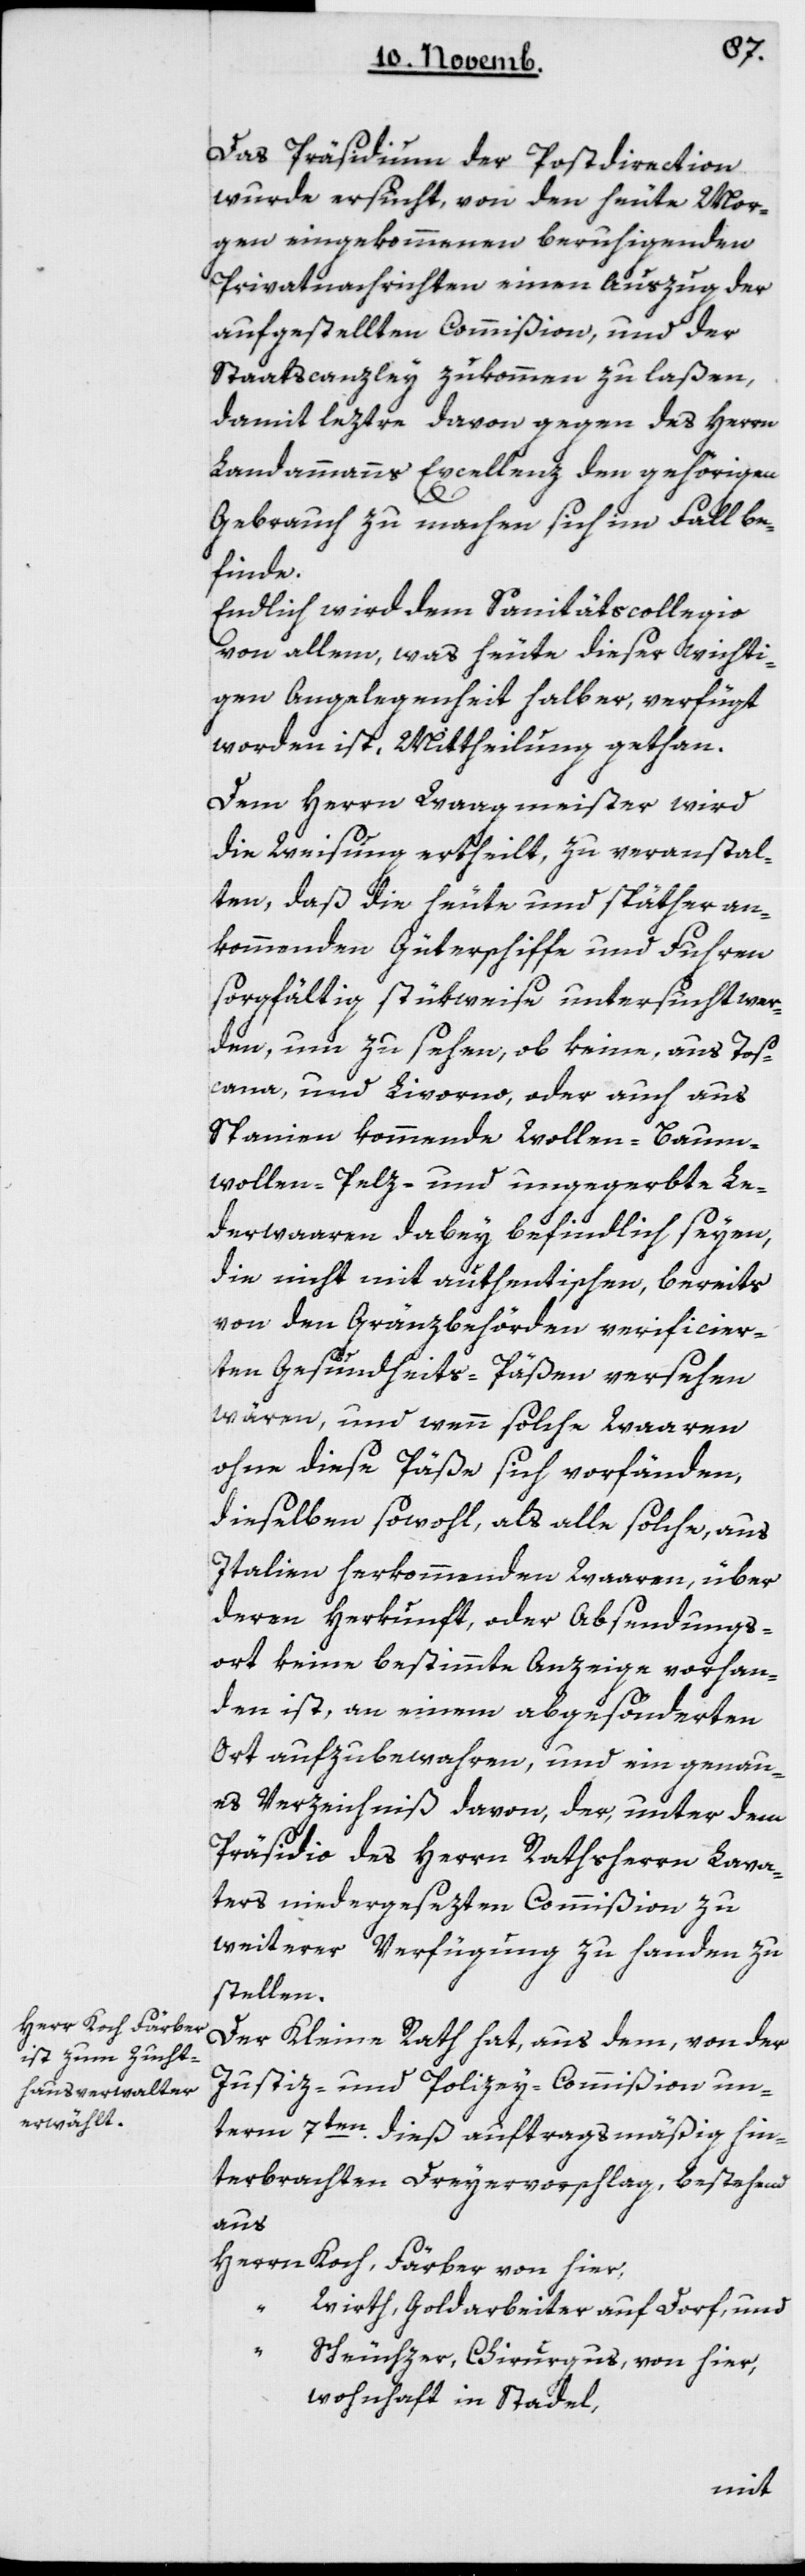
Das Präsidium der Postdirection
wurde ersucht, von den heute Mor¬
gen eingekommenen beruhigenden
Privatnachrichten einen Auszug der
aufgestellten Commißion, und der
Staatscanzley zukommen zu laßen,
damit leztre davon gegen des Herrn
Landammanns Excellenz den gehörigen
Gebrauch zu machen sich im Fall be¬
finde.
Endlich wird dem Sanitätscollegio
von allem, was heute dieser wichti¬
gen Angelegenheit halber verfügt
worden ist, Mittheilung gethan.
Dem Herrn Waagmeister wird
die Weisung ertheilt, zu veranstal¬
ten, daß die heute und späther an¬
kommenden Güterschiffe und Fuhren
sorgfältig stükweise untersucht wer¬
den, um zu sehen, ob keine, aus Tosc¬
ana und Livorno oder auch aus
Spanien kommende Wollen-, Baum¬
wollen-, Pelz- und ungegerbte Le¬
derwaaren dabey befindlich seyen,
die nicht mit authentischen, bereits
von den Gränzbehörden verificier¬
ten Gesundheits-Päßen versehen
wären, und wenn solche Waaren
ohne diese Päße sich vorfänden,
dieselben sowohl als alle solche, aus
Italien herkommenden Waaren, über
deren Herkunft oder Absendungs¬
ort keine bestimmte Anzeige vorhan¬
den ist, an einem abgesönderten
Ort aufzubewahren, und ein genau¬
es Verzeichniß davon, der, unter dem
Präsidio des Herrn Rathsherrn Lava¬
ter niedergesetzten Commißion zu
weiterer Verfügung zu Handen zu
stellen.
Der Kleine Rath hat aus dem, von der
Justiz- und Polizey-Commißion un¬
term 7ten dieß auftragsmäßig hin¬
terbrachten Dreyervorschlag, bestehend
aus
Herrn Koch, Färber, von hier;
Wirthh, Goldarbeiter, auf Dorf; und
Scheuchzer, Chirurgus, von hier,
wohnhaft in Stadel;